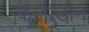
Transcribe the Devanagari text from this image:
कैलीडोन